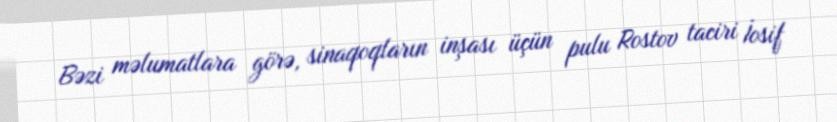
Bəzi məlumatlara görə, sinaqoqların inşası üçün pulu Rostov taciri İosif